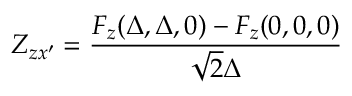
Z _ { z x ^ { \prime } } = \frac { F _ { z } ( \Delta , \Delta , 0 ) - F _ { z } ( 0 , 0 , 0 ) } { \sqrt { 2 } \Delta }